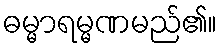
ဓမ္မာရမ္မဏမည်၏။